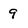
Character: 9